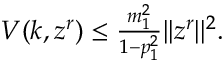
\begin{array} { r } { V ( k , z ^ { r } ) \leq \frac { m _ { 1 } ^ { 2 } } { 1 - p _ { 1 } ^ { 2 } } \lvert | z ^ { r } \rvert | ^ { 2 } . } \end{array}